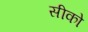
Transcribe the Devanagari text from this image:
सीको